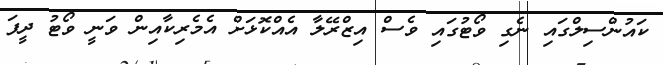
ކައުންސިލްގައި ނެގި ވޯޓުގައި ވެސް އިޒްރޭލާ އެއްކޮޅަށް އެމެރިކާއިން ވަނީ ވޯޓު ދީފަ